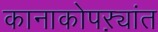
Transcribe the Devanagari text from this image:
कानाकोपऱ्यांत